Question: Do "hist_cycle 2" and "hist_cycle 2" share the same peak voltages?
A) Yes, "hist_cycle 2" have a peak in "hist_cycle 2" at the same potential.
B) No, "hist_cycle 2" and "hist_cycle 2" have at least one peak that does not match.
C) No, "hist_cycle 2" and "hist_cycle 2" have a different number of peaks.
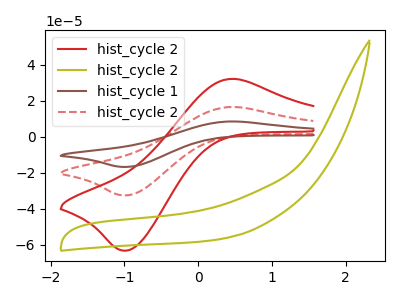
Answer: <think>The red curve "hist_cycle 2" has an anodic peak at (0.40V, 32.10uA) and a cathodic peak at (-0.95V, -63.25uA). The olive curve "hist_cycle 2" has no peaks. The brown curve "hist_cycle 1" has an anodic peak at (0.40V, 33.05uA) and a cathodic peak at (-0.95V, -65.10uA). The red dashed curve "hist_cycle 2" has an anodic peak at (0.40V, 16.55uA) and a cathodic peak at (-0.95V, -32.55uA).</think>
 <answer>C) No, "hist_cycle 2" and "hist_cycle 2" have a different number of peaks.</answer>
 <eval>C</eval>